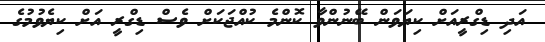
އަދި ޑިގްރީއަށް ކިޔަވަން ބޭނުންވާ ކޮންމެ ކުއްޖަކަށް ވެސް ޑިގްރީ އަށް ކިޔެވުމުގެ